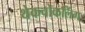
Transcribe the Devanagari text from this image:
थेकचोकलिंग